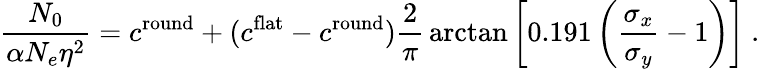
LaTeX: {\frac{N_{0}}{\alpha N_{e}\eta^{2}}}=c^{\mathrm{round}}+(c^{\mathrm{flat}}-c^{\mathrm{round}}){\frac{2}{\pi}}\arctan\left[0.191\left({\frac{\sigma_{x}}{\sigma_{y}}}-1\right)\right]\ .